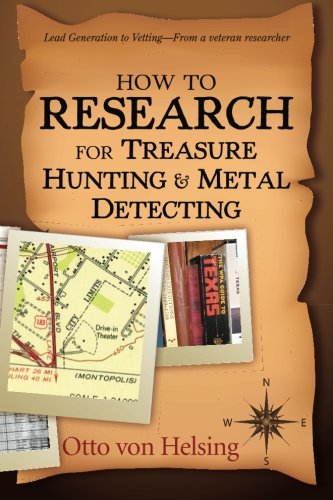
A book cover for How to Research for Treasure Hunting and Metal Detecting: From Lead Generation to Vetting; Otto von Helsing; Reference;